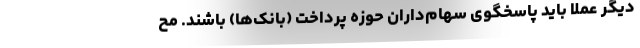
دیگر عملا باید پاسخگوی سهام‌داران حوزه پرداخت (بانک‌ها) باشند. مح